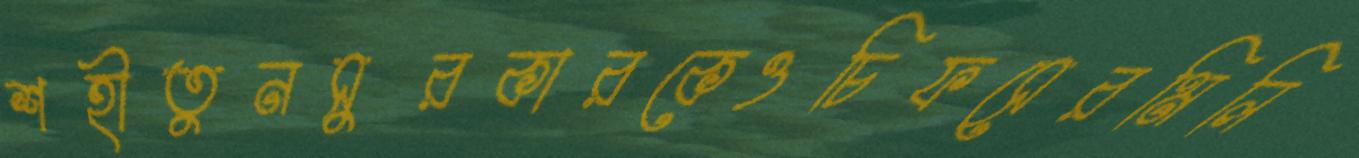
শহীতুনসুরকারকেওচিফসেরমিলি